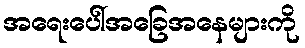
အရေးပေါ်အခြေအနေများကို